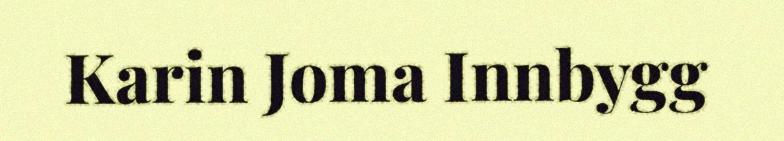
Karin Joma Innbygg